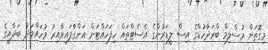
މިގޮތަށް މުސްލިމް ބްރަދާހުޑްގެ އިސް ލީޑަރުންގެ އެސެޓްތައް ހިފަހައްޓަން އަންގާފައިވާއިރު މުހައްމަދު ބަދާއީގެ